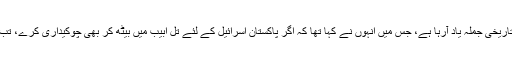
یہاں مجھے جنرل (ر) غلام مصطفیٰ صاحب کا نجی محفل میں ایک تاریخی جملہ یاد آرہا ہے، جس میں انہوں نے کہا تھا کہ اگر پاکستان اسرائیل کے لئے تل ابیب میں بیٹھ کر بھی چوکیداری کرے، تب بھی اسرائیل پاکستان کے خلاف دشمنانہ عزائم سے باز نہیں آئے گا۔